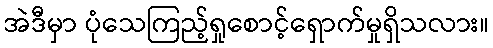
အဲဒီမှာ ပုံသေကြည့်ရှုစောင့်ရှောက်မှုရှိသလား။